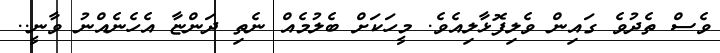
ވެސް ތެދުވެ ގައިން ވެލިފޮޅާލިއެވެ. މީހަކަށް ބެލުމެއް ނެތި ދަންޏާ އެހެނެއްނު ވާނީ..